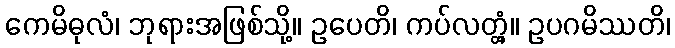
ကေမိဓုလံ၊ ဘုရားအဖြစ်သို့။ ဥပေတိ၊ ကပ်လတ္တံ့။ ဥပဂမိဿတိ၊